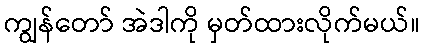
ကျွန်တော် အဲဒါကို မှတ်ထားလိုက်မယ်။